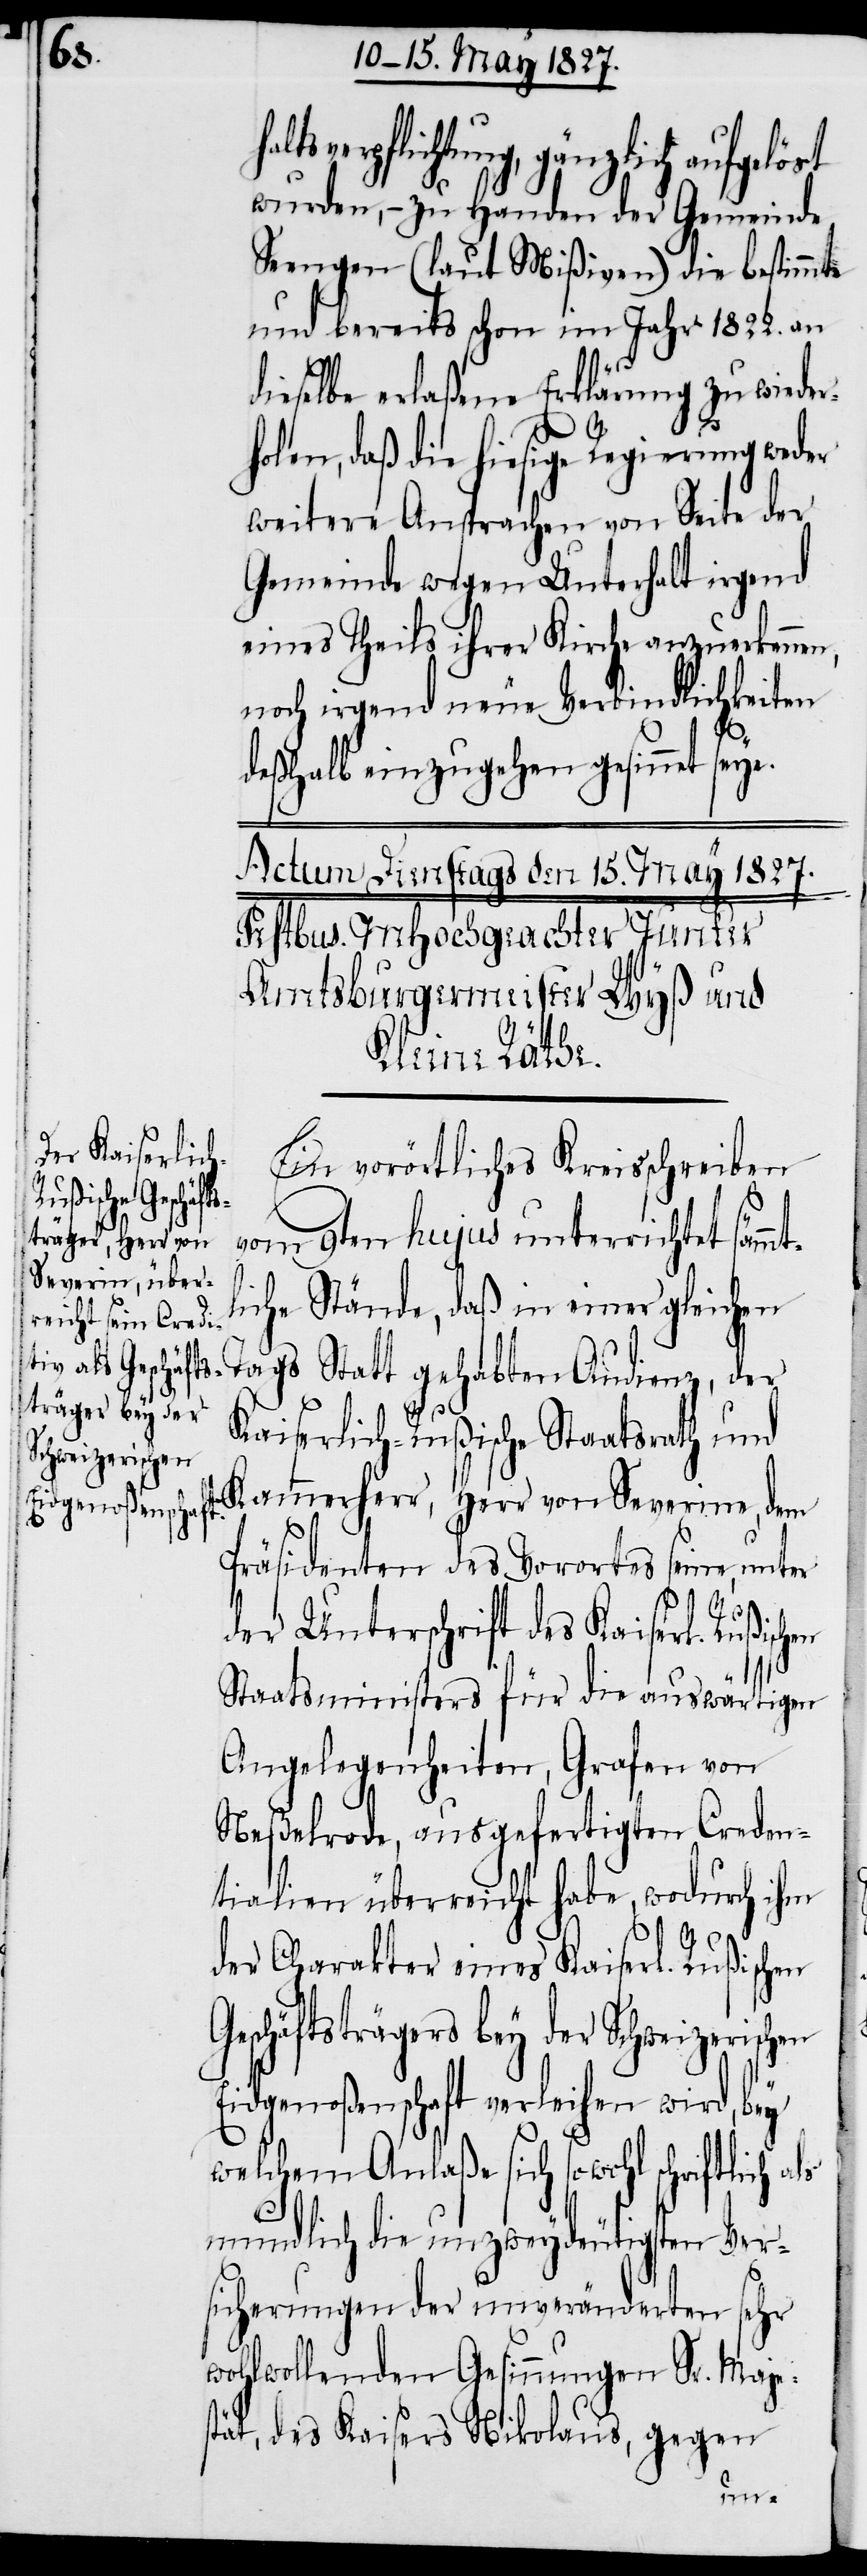
gehabten Audienz, der
wurden, – zu Handen der Gemeinde
Seengen (laut Mißiven) die bestimmte
und bereits schon im Jahr 1822. an
dieselbe erlaßene Erklärung zu wieder¬
holen, daß die hiesige Regierung weder
weitere Ansprachen von Seite der
Gemeinde wegen Unterhalt irgend
eines Theils ihrer Kirche anzuerkennen,
noch irgend neue Verbindlichkeiten
häft¬
deßhalb einzugehen gesinnet seye.
Ein vorörtliches Kreisschreiben
vom 9ten hujus unterrichtete säm¬
liche Stände, daß in einer gleichen
strägers bey der
Kaiserlich-Rußische Staatsrath und
Schweizerischen
Kammerherr, Herr von Severine, dem
Präsidenten des Vorortes seine, unter
der Unterschrift des Kaiserl. Rußisch¬
Staatsministers für die auswärtigen
Angelegenheiten, Grafen von
Neßelrode, ausgefertigten Creden¬
tialien überreicht habe, wodurch ihm
der Charakter eines Kaiserl. Rußischen
Eidgenoßenschaft verleihen wird, bey
welchem Anlaße sich sowohl schriftlich
mundlich die unzweydeutigen Ver¬
sicherungen der unveränderten sehr
wohlwollenden Gesinnungen Sr. Maje¬
stät, des Kaisers Nikolaus, gegen
en